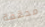
محققة